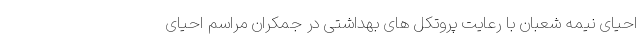
احیای نیمه شعبان با رعایت پروتکل های بهداشتی در جمکران مراسم احیای